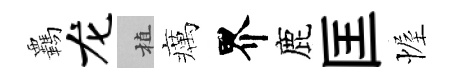
覊龙植癘界鹿匡幄